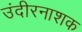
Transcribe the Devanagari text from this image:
उंदीरनाशक